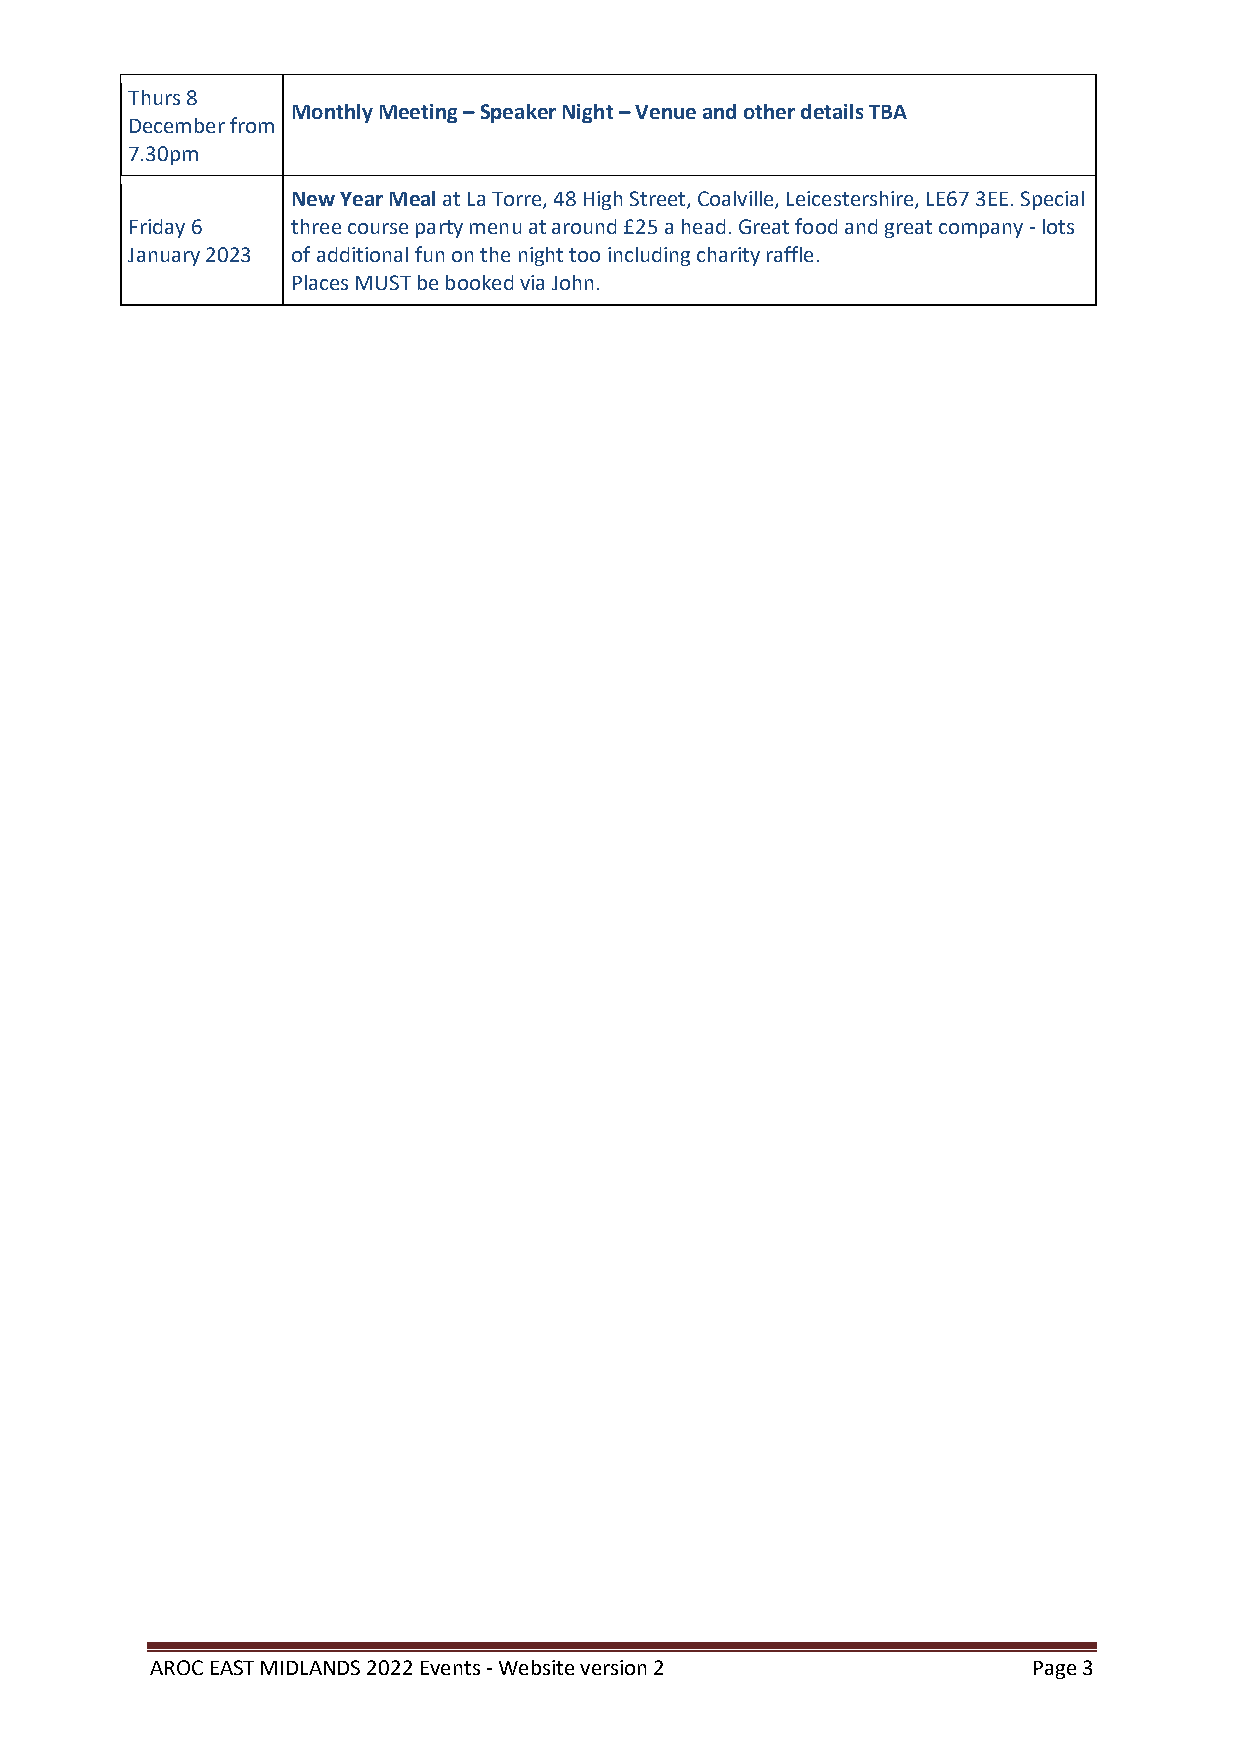
Thurs 8
 Monthly Meeting – Speaker Night – Venue and other details TBA
 December from
 7.30pm
 New Year Meal at La Torre, 48 High Street, Coalville, Leicestershire, LE67 3EE. Special
 Friday 6   three course party menu at around £25 a head. Great food and great company - lots
 January 2023 of additional fun on the night too including charity raffle.
 Places MUST be booked via John.
 AROC EAST MIDLANDS 2022 Events - Website version 2        Page 3